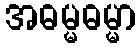
အဓမ္မဓမ္မာ